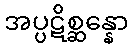
အပ္ပဋိစ္ဆန္နော